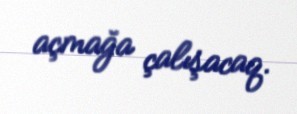
açmağa çalışacaq.